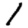
Digit: 1